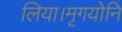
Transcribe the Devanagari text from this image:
लिया।मृगयोनि